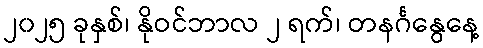
၂၀၂၅ ခုနှစ်၊ နိုဝင်ဘာလ ၂ ရက်၊ တနင်္ဂနွေနေ့